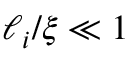
\ell _ { i } / \xi \ll 1